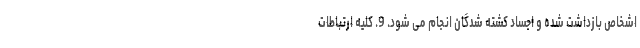
اشخاص بازداشت شده و اجساد کشته شدگان انجام می شود. 9. کلیه ارتباطات